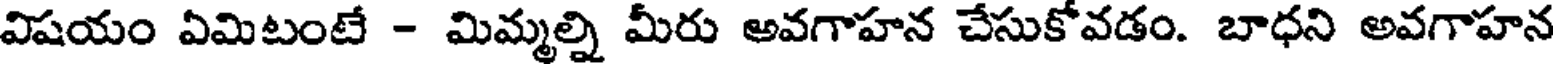
విషయం ఏమిటంటే - మిమ్మల్ని మీరు అవగాహన చేసుకోవడం. బాధని అవగాహన